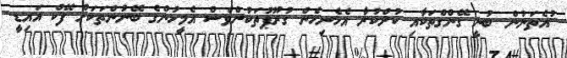
ުއެތަނުން ބުނީ ގޭންގްތަކާއި ކުށްކުރާ އެހެނިހެން ގުރޫޕުތަކުންވެސް އެމީހުންގެ ބޭނުންތަކަށް ފޭކް އައިޑީ